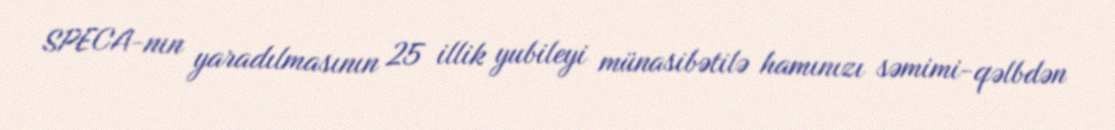
SPECA-nın yaradılmasının 25 illik yubileyi münasibətilə hamınızı səmimi-qəlbdən